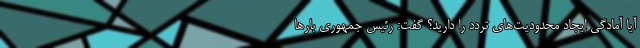
آیا آمادگی ایجاد محدودیت‌های تردد را دارید؟ گفت: رئیس جمهوری بارها